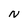
Character: N